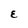
Character: E